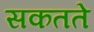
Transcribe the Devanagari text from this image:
सकतते